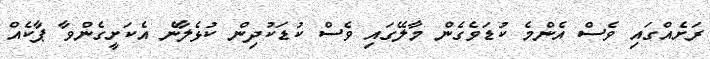
ރަށެއްގައި ވެސް އެންމެ ކުޑަވެގެން މާލޭގައި ވެސް ކުޑަކުދިން ކުޅެލާނެ އެކަށީގެންވާ ޕާކެއް